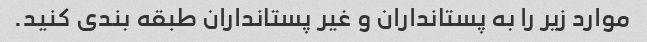
موارد زیر را به پستانداران و غیر پستانداران طبقه بندی کنید.